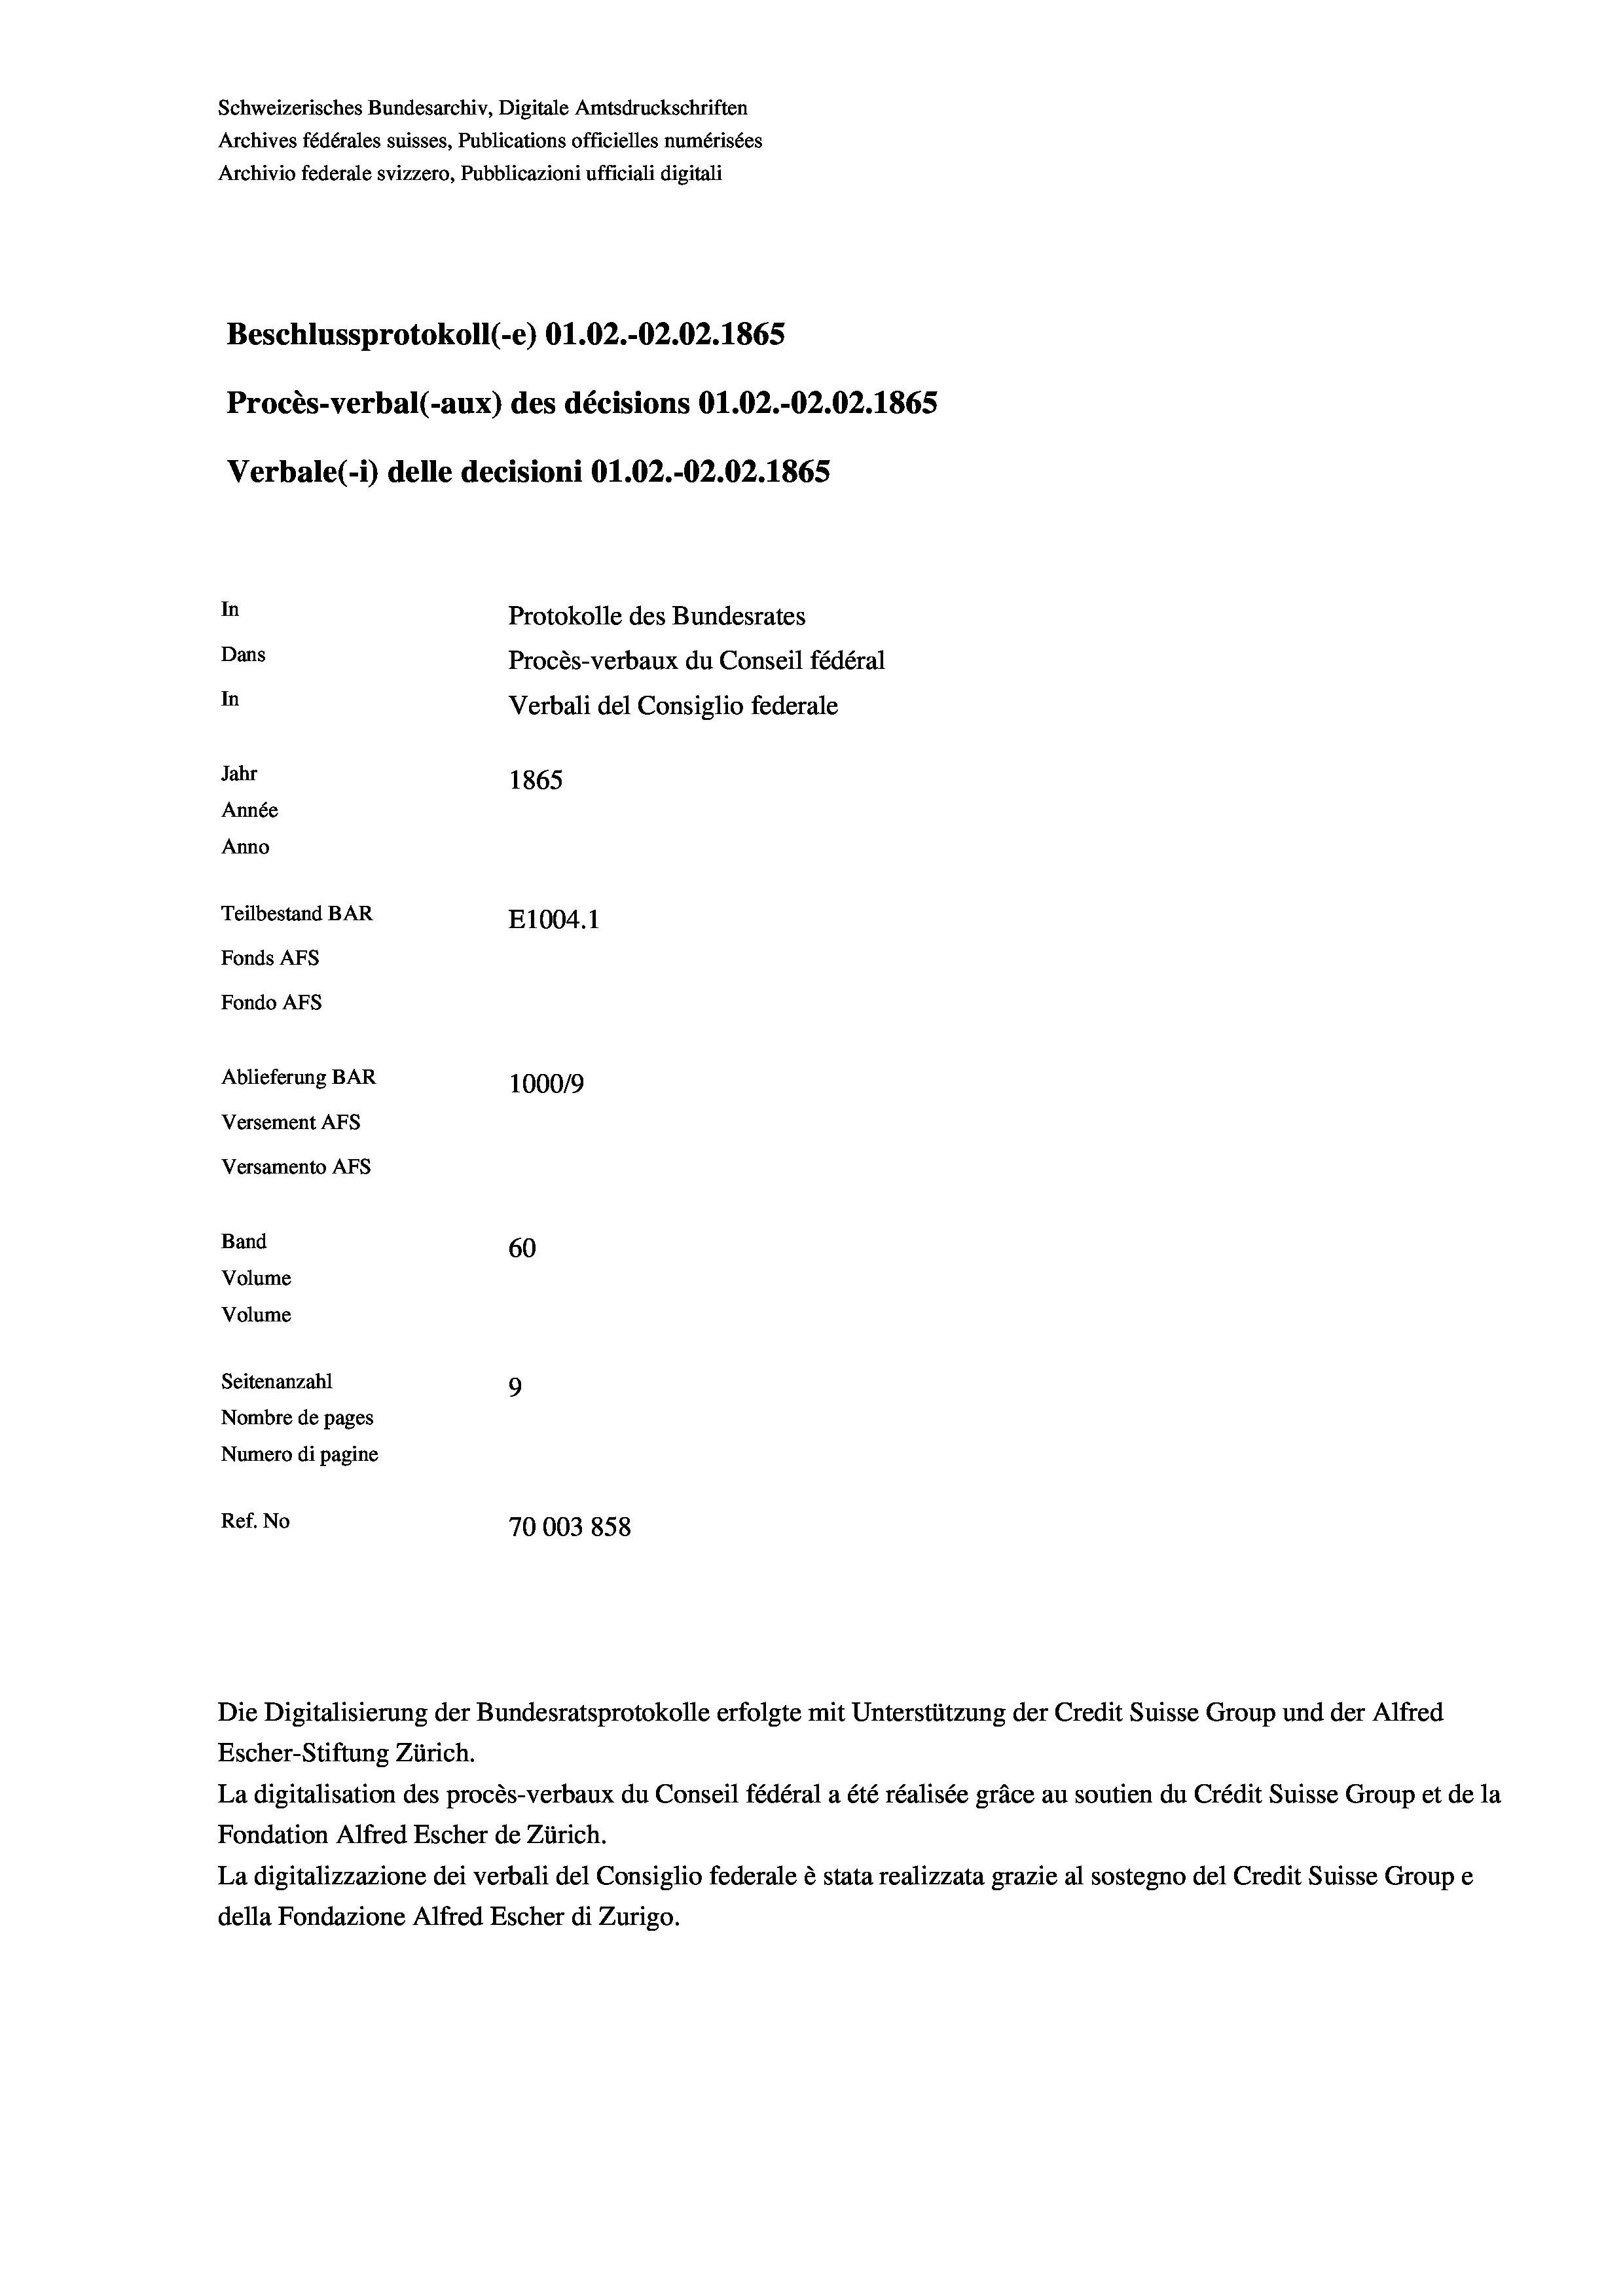
Schweizerisches Bundesarchiv, Digitale Amtsdruckschriften
Archives fédérales suisses, Publications officielles numérisées
Archivio federale svizzero, Pubblicazioni ufficiali digitali
Beschlussprotokoll (-e) O1.02.-O2.02. 1865
Procès-verbal (-aux) des décisions O1.02.-O2.02. 1865
Verbale(-*) delle decisioni O1.02.-O2.02. 1865
In
Protokolle des Bundesrates
Dans
Procès-verbaux du Conseil fédéral
In
Verbali del Consiglio federale
Jahr
1865
Année
Anno
Teilbestand BAR
E1004.1
Fonds AFs
Fondo AFS
Ablieferung BAR
100019
Versement AFs
Versamento Afs
Band
60
Volume
Volume
Seitenanzahl
9
Nombre de pages
Numero di pagine
Ref. No
70003858

La digitalisation des procès-verbaux du Conseil fédéral a été réalisée gräce au soutien du Crédit Suisse Group et de la
Fondation Alfred Escher de Zürich.
La digitalizzazione dei verbali del Consiglio federale è stata realizzata grazie al sostegno del Credit Suisse Groupe
della Fondazione Alfred Escher di Zurigo.

Die Digitalisierung der Bundesratsprotokolle erfolgte mit Unterstützung der Credit Suisse Group und der Alfred
Escher-Stiftung Zürich.